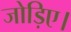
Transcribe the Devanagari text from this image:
जोड़िए।